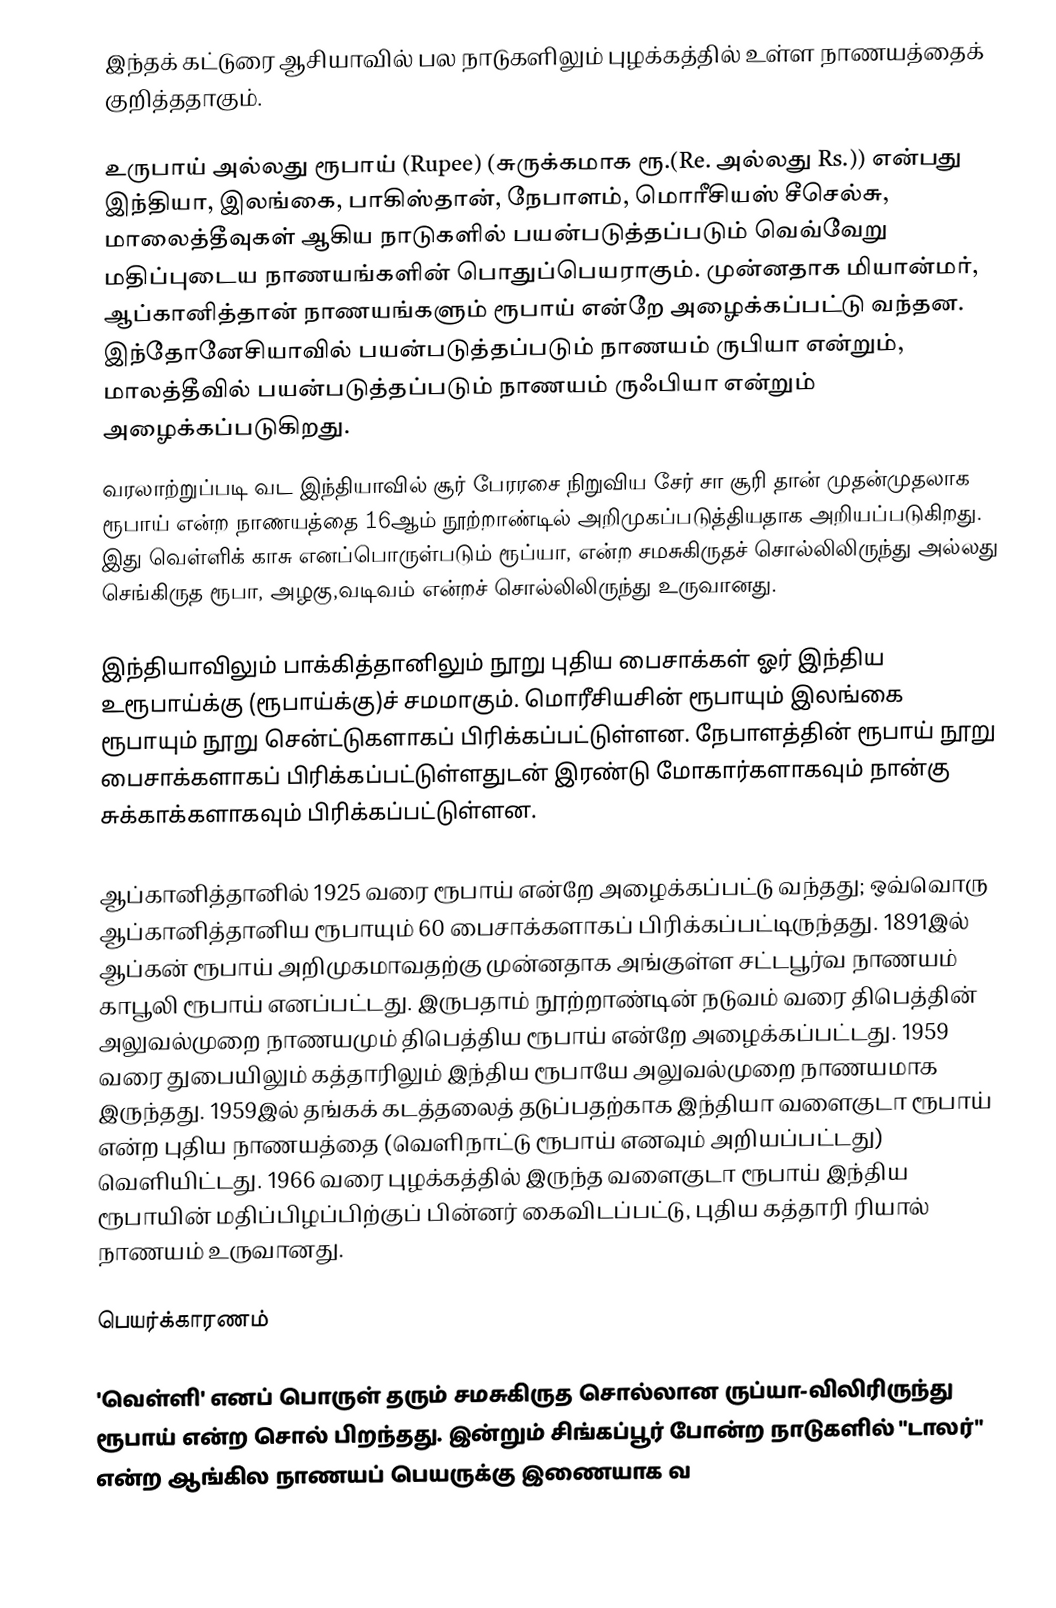
இந்தக்  கட்டுரை ஆசியாவில் பல நாடுகளிலும் புழக்கத்தில் உள்ள நாணயத்தைக் குறித்ததாகும்.

உருபாய் அல்லது ரூபாய் (Rupee) (சுருக்கமாக ரூ.(Re. அல்லது Rs.)) என்பது இந்தியா, இலங்கை, பாகிஸ்தான், நேபாளம், மொரீசியஸ் சீசெல்சு, மாலைத்தீவுகள் ஆகிய நாடுகளில் பயன்படுத்தப்படும் வெவ்வேறு மதிப்புடைய நாணயங்களின் பொதுப்பெயராகும். முன்னதாக மியான்மர், ஆப்கானித்தான் நாணயங்களும் ரூபாய் என்றே அழைக்கப்பட்டு வந்தன. இந்தோனேசியாவில் பயன்படுத்தப்படும் நாணயம் ருபியா என்றும், மாலத்தீவில் பயன்படுத்தப்படும் நாணயம் ருஃபியா என்றும் அழைக்கப்படுகிறது.
வரலாற்றுப்படி வட இந்தியாவில் சூர் பேரரசை நிறுவிய சேர் சா சூரி தான் முதன்முதலாக ரூபாய் என்ற நாணயத்தை 16ஆம் நூற்றாண்டில் அறிமுகப்படுத்தியதாக அறியப்படுகிறது. இது வெள்ளிக் காசு எனப்பொருள்படும்  ரூப்யா, என்ற சமசுகிருதச் சொல்லிலிருந்து அல்லது செங்கிருத ரூபா, அழகு,வடிவம் என்றச் சொல்லிலிருந்து  உருவானது.

இந்தியாவிலும் பாக்கித்தானிலும் நூறு புதிய பைசாக்கள் ஓர் இந்திய உரூபாய்க்கு (ரூபாய்க்கு)ச் சமமாகும். மொரீசியசின் ரூபாயும்  இலங்கை ரூபாயும் நூறு சென்ட்டுகளாகப் பிரிக்கப்பட்டுள்ளன. நேபாளத்தின் ரூபாய் நூறு பைசாக்களாகப் பிரிக்கப்பட்டுள்ளதுடன் இரண்டு மோகார்களாகவும் நான்கு சுக்காக்களாகவும் பிரிக்கப்பட்டுள்ளன.

ஆப்கானித்தானில் 1925 வரை ரூபாய் என்றே அழைக்கப்பட்டு வந்தது; ஒவ்வொரு ஆப்கானித்தானிய ரூபாயும் 60 பைசாக்களாகப் பிரிக்கப்பட்டிருந்தது.   1891இல் ஆப்கன் ரூபாய் அறிமுகமாவதற்கு  முன்னதாக அங்குள்ள சட்டபூர்வ நாணயம் காபூலி ரூபாய் எனப்பட்டது. இருபதாம் நூற்றாண்டின் நடுவம் வரை  திபெத்தின் அலுவல்முறை நாணயமும் திபெத்திய ரூபாய் என்றே அழைக்கப்பட்டது. 1959 வரை துபையிலும்  கத்தாரிலும் இந்திய ரூபாயே அலுவல்முறை நாணயமாக இருந்தது. 1959இல் தங்கக் கடத்தலைத் தடுப்பதற்காக இந்தியா வளைகுடா ரூபாய் என்ற புதிய நாணயத்தை (வெளிநாட்டு ரூபாய் எனவும் அறியப்பட்டது) வெளியிட்டது. 1966 வரை புழக்கத்தில் இருந்த வளைகுடா ரூபாய் இந்திய ரூபாயின் மதிப்பிழப்பிற்குப் பின்னர் கைவிடப்பட்டு, புதிய  கத்தாரி ரியால் நாணயம் உருவானது.

பெயர்க்காரணம்

'வெள்ளி' எனப் பொருள் தரும் சமசுகிருத சொல்லான ருப்யா-விலிரிருந்து ரூபாய் என்ற சொல் பிறந்தது. இன்றும் சிங்கப்பூர் போன்ற நாடுகளில் "டாலர்"  என்ற ஆங்கில நாணயப் பெயருக்கு இணையாக வ